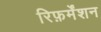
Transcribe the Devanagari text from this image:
रिफ़र्मेंशन